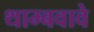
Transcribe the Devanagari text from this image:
थाम्बवावे